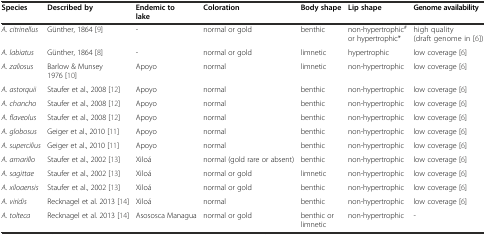
| Species | Described by | Endemic to lake | Coloration | Body shape | Lip shape | Genome availability |
 | --- | --- | --- | --- | --- | --- | --- |
 | A. citrinellus | Günther, 1864 [9] | - | normal or gold | benthic | non-hypertrophic# or hypertrophic* | high quality (draft genome in [6]) |
 | A. labiatus | Günther, 1864 [8] | - | normal or gold | limnetic | hypertrophic | low coverage [6] |
 | A. zaliosus | Barlow & Munsey 1976 [10] | Apoyo | normal | limnetic | non-hypertrophic | low coverage [6] |
 | A. astorquii | Staufer et al., 2008 [12] | Apoyo | normal | benthic | non-hypertrophic | low coverage [6] |
 | A. chancho | Staufer et al., 2008 [12] | Apoyo | normal | benthic | non-hypertrophic | low coverage [6] |
 | A. flaveolus | Staufer et al., 2008 [12] | Apoyo | normal | benthic | non-hypertrophic | low coverage [6] |
 | A. globosus | Geiger et al., 2010 [11] | Apoyo | normal | benthic | non-hypertrophic | low coverage [6] |
 | A. supercilius | Geiger et al., 2010 [11] | Apoyo | normal | benthic | non-hypertrophic | low coverage [6] |
 | A. amarillo | Staufer et al., 2002 [13] | Xiloá | normal (gold rare or absent) | benthic | non-hypertrophic | low coverage [6] |
 | A. sagittae | Staufer et al., 2002 [13] | Xiloá | normal or gold | limnetic | non-hypertrophic | low coverage [6] |
 | A. xiloaensis | Staufer et al., 2002 [13] | Xiloá | normal or gold | benthic | non-hypertrophic | low coverage [6] |
 | A. viridis | Recknagel et al. 2013 [14] | Xiloá | normal | benthic | non-hypertrophic | low coverage [6] |
 | A. tolteca | Recknagel et al. 2013 [14] | Asososca Managua | normal or gold | benthic or limnetic | non-hypertrophic | - |